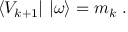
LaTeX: \langle V _ { k + 1 } | \ | \omega \rangle = m _ { k } \ .